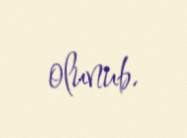
olunub.